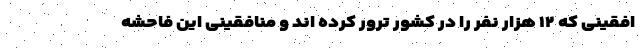
افقینی که ۱۲ هزار نفر را در کشور ترور کرده اند و منافقینی این فاحشه